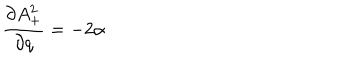
\frac { \partial A _ { + } ^ { 2 } } { \partial q } = - 2 \alpha